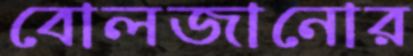
বোলজানোর